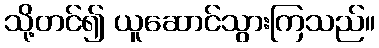
သို့တင်၍ ယူဆောင်သွားကြသည်။